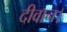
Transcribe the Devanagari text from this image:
दीवान।